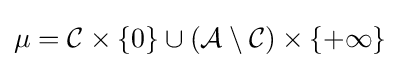
\mu ={\cal {C}}\times \{0\}\cup ({\cal {A}}\setminus {\cal {C}})\times \{+\infty \}